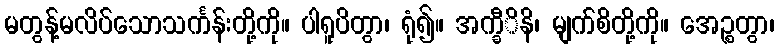
မတွန့်မလိပ်သောသင်္ကန်းတို့ကို။ ပါရူပိတွာ၊ ရုံ၍။ အက္ခီိနိ၊ မျက်စိတို့ကို။ အေဉ္စတွာ၊